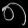
Digit: ၈